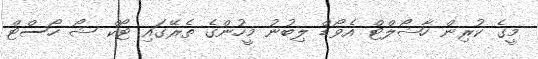
މީގެ ކުރިން ހާޝޯލްޓް އެވޯޑް ލިބުނު މީހުންގެ ތެރޭގައި ޓޯކް ޝޯ ހޯސްޓް